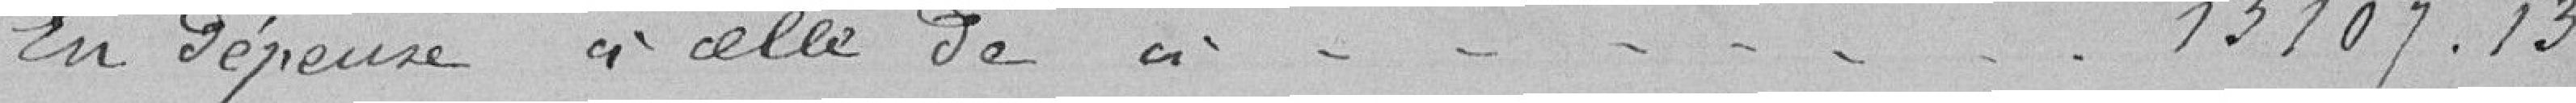
En dépense à celle de // - - - -               13107.13